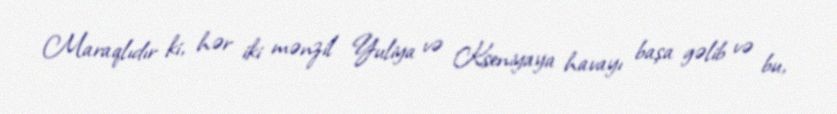
Maraqlıdır ki, hər iki mənzil Yuliya və Kseniyaya havayı başa gəlib və bu,